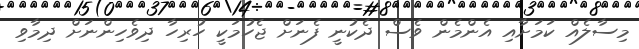
މިސާލެއް ކަމަށާއި އެންމެން ވެސް ދެކުނީ ފެނަށް ޖެހުމަކީ ހުރިހާ ދިވެހިންނަށް ދިމާވި